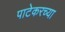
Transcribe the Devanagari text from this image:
पाटेकरच्या